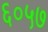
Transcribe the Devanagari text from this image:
६०५७